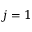
j = 1